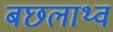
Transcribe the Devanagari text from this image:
बछलाथ्व